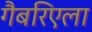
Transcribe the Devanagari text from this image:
गैबरिएला